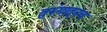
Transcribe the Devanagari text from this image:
तुरुंगातूनच